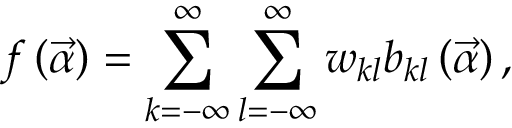
f \left( \vec { \alpha } \right) = \sum _ { k = - \infty } ^ { \infty } \sum _ { l = - \infty } ^ { \infty } w _ { k l } b _ { k l } \left( \vec { \alpha } \right) ,